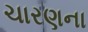
ચારણના